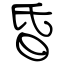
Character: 昏